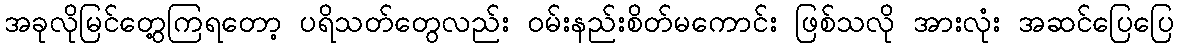
အခုလိုမြင်တွေ့ကြရတော့ ပရိသတ်တွေလည်း ဝမ်းနည်းစိတ်မကောင်း ဖြစ်သလို အားလုံး အဆင်ပြေပြေ